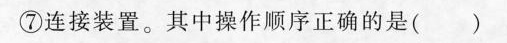
⑦连接装置。其中操作顺序正确的是(